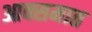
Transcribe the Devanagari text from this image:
आक्समात